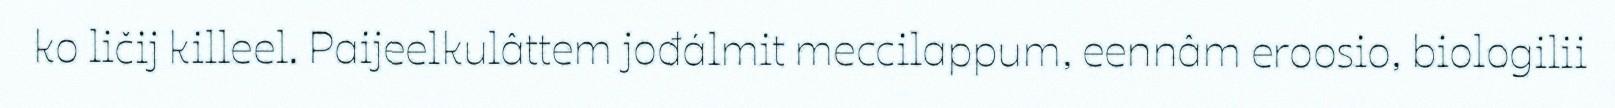
ko ličij killeel. Paijeelkulâttem jođálmit meccilappum, eennâm eroosio, biologilii